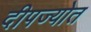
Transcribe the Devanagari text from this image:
दीपज्योत